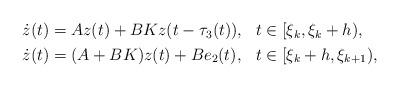
LaTeX: \begin{align*}\begin{aligned}\dot z(t)&=Az(t)+BKz(t-\tau_3(t)),&&t\in[\xi_k,\xi_k+h),\\\dot z(t)&=(A+BK)z(t)+Be_2(t),&&t\in[\xi_k+h,\xi_{k+1}),\end{aligned}\end{align*}